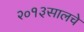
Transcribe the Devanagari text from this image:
२०१३सालचेे